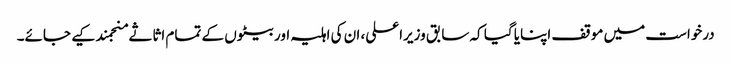
درخواست میں موقف اپنایا گیا کہ سابق وزیراعلی، ان کی اہلیہ اور بیٹوں کے تمام اثاثے منجمند کیے جائے۔